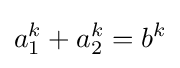
a_{1}^{k}+a_{2}^{k}=b^{k}